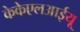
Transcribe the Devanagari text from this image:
केकेएलआईयू